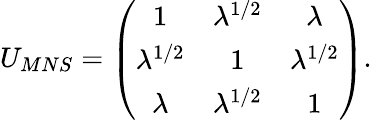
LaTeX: U_{MNS}=\left(\begin{array}{ccc}{{1}}&{{\lambda^{1/2}}}&{{\lambda}}\\ {{\lambda^{1/2}}}&{{1}}&{{\lambda^{1/2}}}\\ {{\lambda}}&{{\lambda^{1/2}}}&{{1}}\end{array}\right).